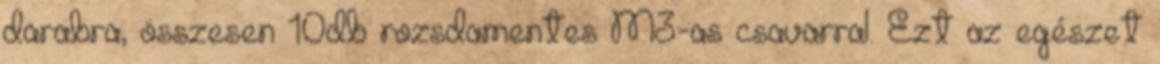
darabra, összesen 10db rozsdamentes M3-as csavarral. Ezt az egészet